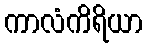
ကာလံကိရိယာ